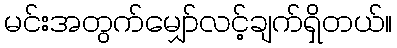
မင်းအတွက်မျှော်လင့်ချက်ရှိတယ်။